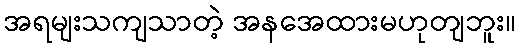
အရမျးသကျသာတဲ့ အနအေထားမဟုတျဘူး။